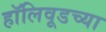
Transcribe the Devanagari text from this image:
हॉलिवूडच्या